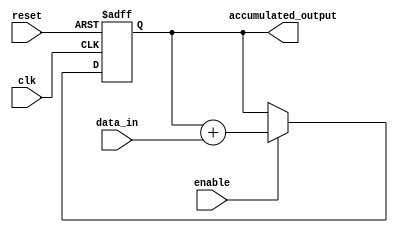
module accumulator (
  input wire clk,
  input wire reset,
  input wire enable,
  input wire signed [15:0] data_in,
  output reg signed [31:0] accumulated_output
);

reg signed [31:0] accumulator_reg;

always @(posedge clk, posedge reset) begin
  if (reset) begin
    accumulator_reg <= 32'h00000000;
  end else if (enable) begin
    accumulator_reg <= accumulator_reg + data_in;
  end
end

assign accumulated_output = accumulator_reg;

endmodule